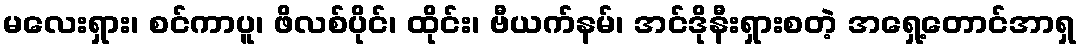
မလေးရှား၊ စင်ကာပူ၊ ဖိလစ်ပိုင်၊ ထိုင်း၊ ဗီယက်နမ်၊ အင်ဒိုနီးရှားစတဲ့ အရှေ့တောင်အာရှ